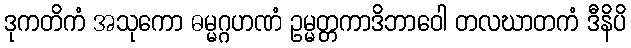
ဒုကတိကံ အသုကော ဓမ္မဂ္ဂဟဏံ ဥမ္မတ္တကာဒိဘာဝေါ တလဃာတကံ ဒီနိပိ